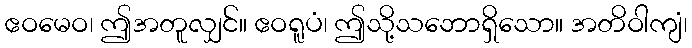
ဧဝမေဝ၊ ဤအတူလျှင်။ ဧဝရူပံ၊ ဤသို့သဘောရှိသော။ အတိဝါကျံ၊